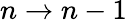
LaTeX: n\rightarrow n-1